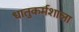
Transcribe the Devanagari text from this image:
धातुकर्मशाला